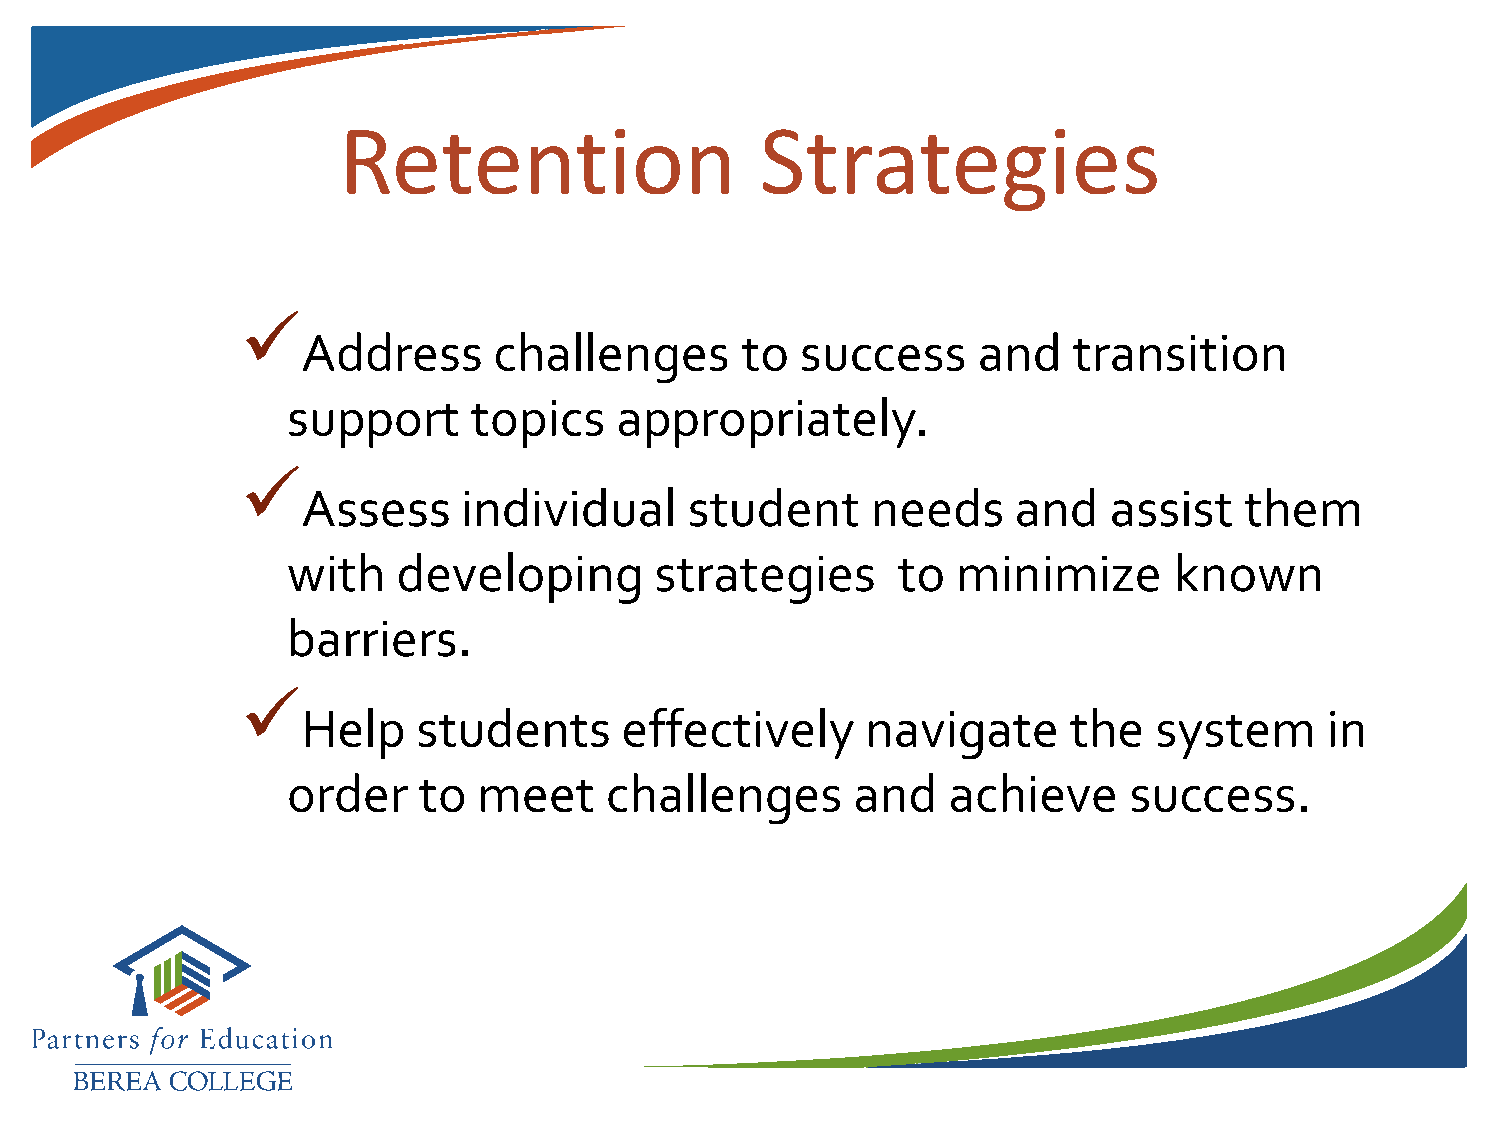
Retention                   Strategies
 
 Address      challenges      to  success     and   transition
 support     topics    appropriately.
 
 Assess     individual     student     needs    and   assist   them
 with   developing       strategies      to  minimize       known
 barriers.
 
 Help    students     effectively     navigate      the  system      in
 order    to  meet    challenges       and   achieve     success.